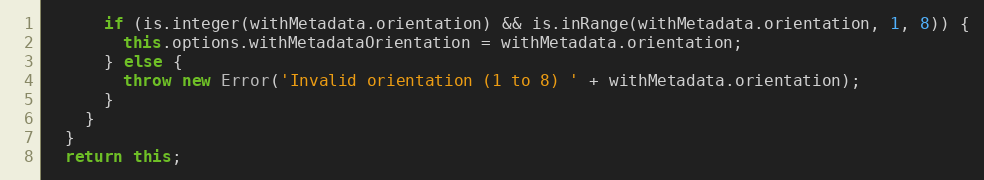
Language: JavaScript
      if (is.integer(withMetadata.orientation) && is.inRange(withMetadata.orientation, 1, 8)) {
        this.options.withMetadataOrientation = withMetadata.orientation;
      } else {
        throw new Error('Invalid orientation (1 to 8) ' + withMetadata.orientation);
      }
    }
  }
  return this;